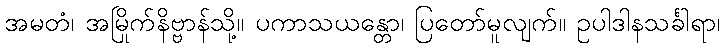
အမတံ၊ အမြိုက်နိဗ္ဗာန်သို့။ ပကာသယန္တော၊ ပြတော်မူလျက်။ ဥပါဒါနသင်္ခါရာ၊